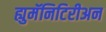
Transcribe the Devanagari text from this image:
ह्युमॅनिटिरीअन